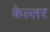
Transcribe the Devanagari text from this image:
केल्लर